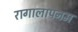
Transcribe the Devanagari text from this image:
रागालापनम